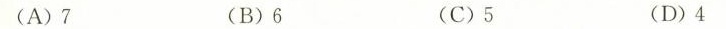
(A)7 (B)6 (C)5 (D)4